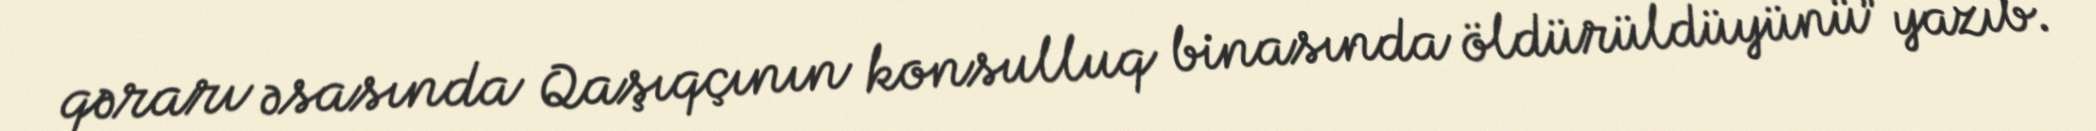
qərarı əsasında Qaşıqçının konsulluq binasında öldürüldüyünü” yazıb.